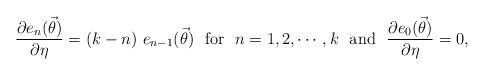
LaTeX: \begin{align*}\frac{\partial e_{n}(\vec{\theta}) }{\partial \eta} = (k-n) ~e_{n-1}(\vec{\theta}) ~~{\rm for}~~ n=1,2,\cdots,k ~~{\rm and}~~\frac{\partial e_{0}(\vec{\theta}) }{\partial \eta} = 0,\end{align*}